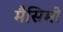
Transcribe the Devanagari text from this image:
मैसिमो